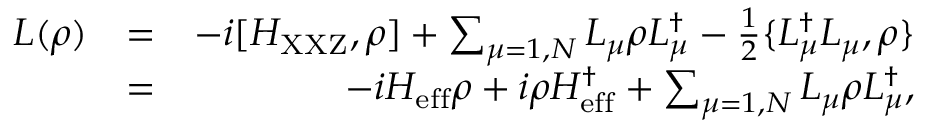
\begin{array} { r l r } { L ( \rho ) } & { = } & { - i [ H _ { \mathrm { X X Z } } , \rho ] + \sum _ { \mu = 1 , N } L _ { \mu } \rho L _ { \mu } ^ { \dagger } - \frac { 1 } { 2 } \{ L _ { \mu } ^ { \dagger } L _ { \mu } , \rho \} } \\ & { = } & { - i H _ { \mathrm { e f f } } \rho + i \rho H _ { \mathrm { e f f } } ^ { \dagger } + \sum _ { \mu = 1 , N } L _ { \mu } \rho L _ { \mu } ^ { \dagger } , } \end{array}